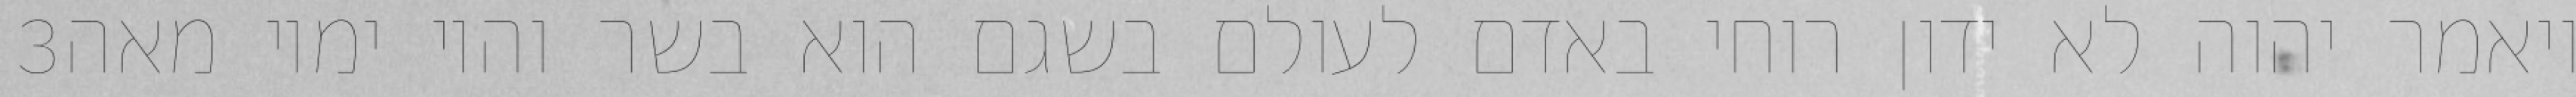
‎3‏ ויאמר יהוה לא ידון רוחי באדם לעולם בשגם הוא בשר והיו ימיו מאה